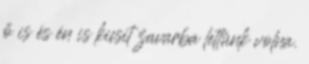
ő is és én is kicsit zavarba lettünk volna.